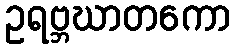
ဥရဗ္ဘဃာတကော